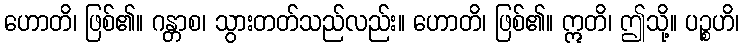
ဟောတိ၊ ဖြစ်၏။ ဂန္တာစ၊ သွားတတ်သည်လည်း။ ဟောတိ၊ ဖြစ်၏။ ဣတိ၊ ဤသို့။ ပဉ္စဟိ၊